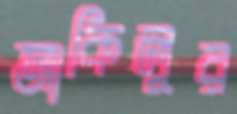
আকিলুর